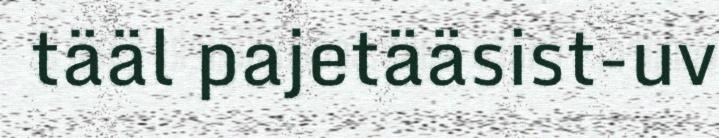
tääl pajetääsist-uv